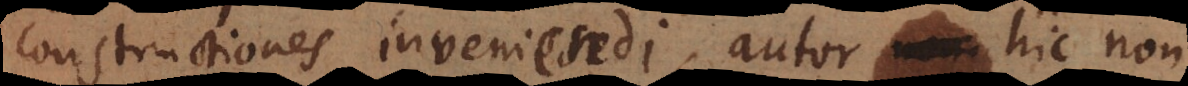
constructiones inveniendi, autor hic non